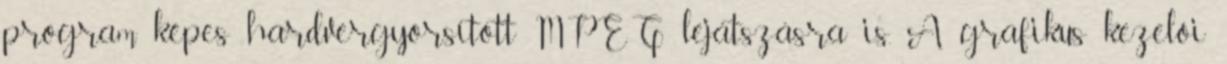
program képes hardvergyorsított MPEG lejátszásra is. A grafikus kezelôi